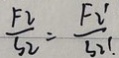
\frac { F 2 } { S _ { 2 } } = \frac { F _ { 2 } ^ { \prime } } { S _ { 2 } ^ { \prime } }